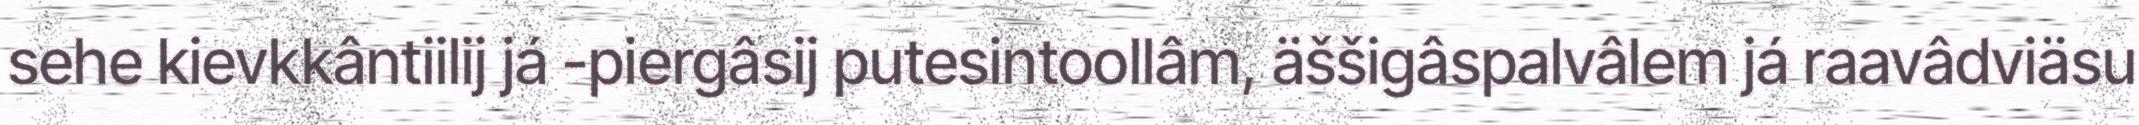
sehe kievkkântiilij já -piergâsij putesintoollâm, äššigâspalvâlem já raavâdviäsu